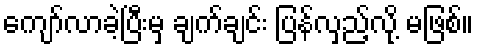
ကျော်လာခဲ့ပြီးမှ ချက်ချင်း ပြန်လှည့်လို့ မဖြစ်။